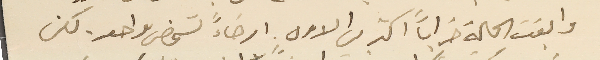
وابقت الحالة خراباً اكثر من الاول ارضاءً لشخض واحد. لكن